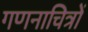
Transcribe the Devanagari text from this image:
गणनाचित्रों